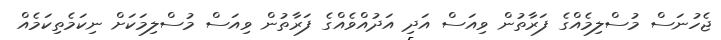
ޖެހުނަސް މުސްލިމެއްގެ ފަރާތުން ވިއަސް އަދި އަދުއްވެއްގެ ފަރާތުން ވިއަސް މުސްލިމަކަށް ނިކަމެތިކަމެއް